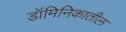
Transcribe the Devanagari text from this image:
डॉमिनिकातील